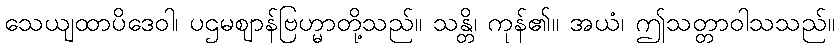
သေယျထာပိဒေဝါ၊ ပဌမဈာန်ဗြဟ္မာတို့သည်။ သန္တိ၊ ကုန်၏။ အယံ၊ ဤသတ္တာဝါသသည်။